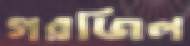
গরজিল